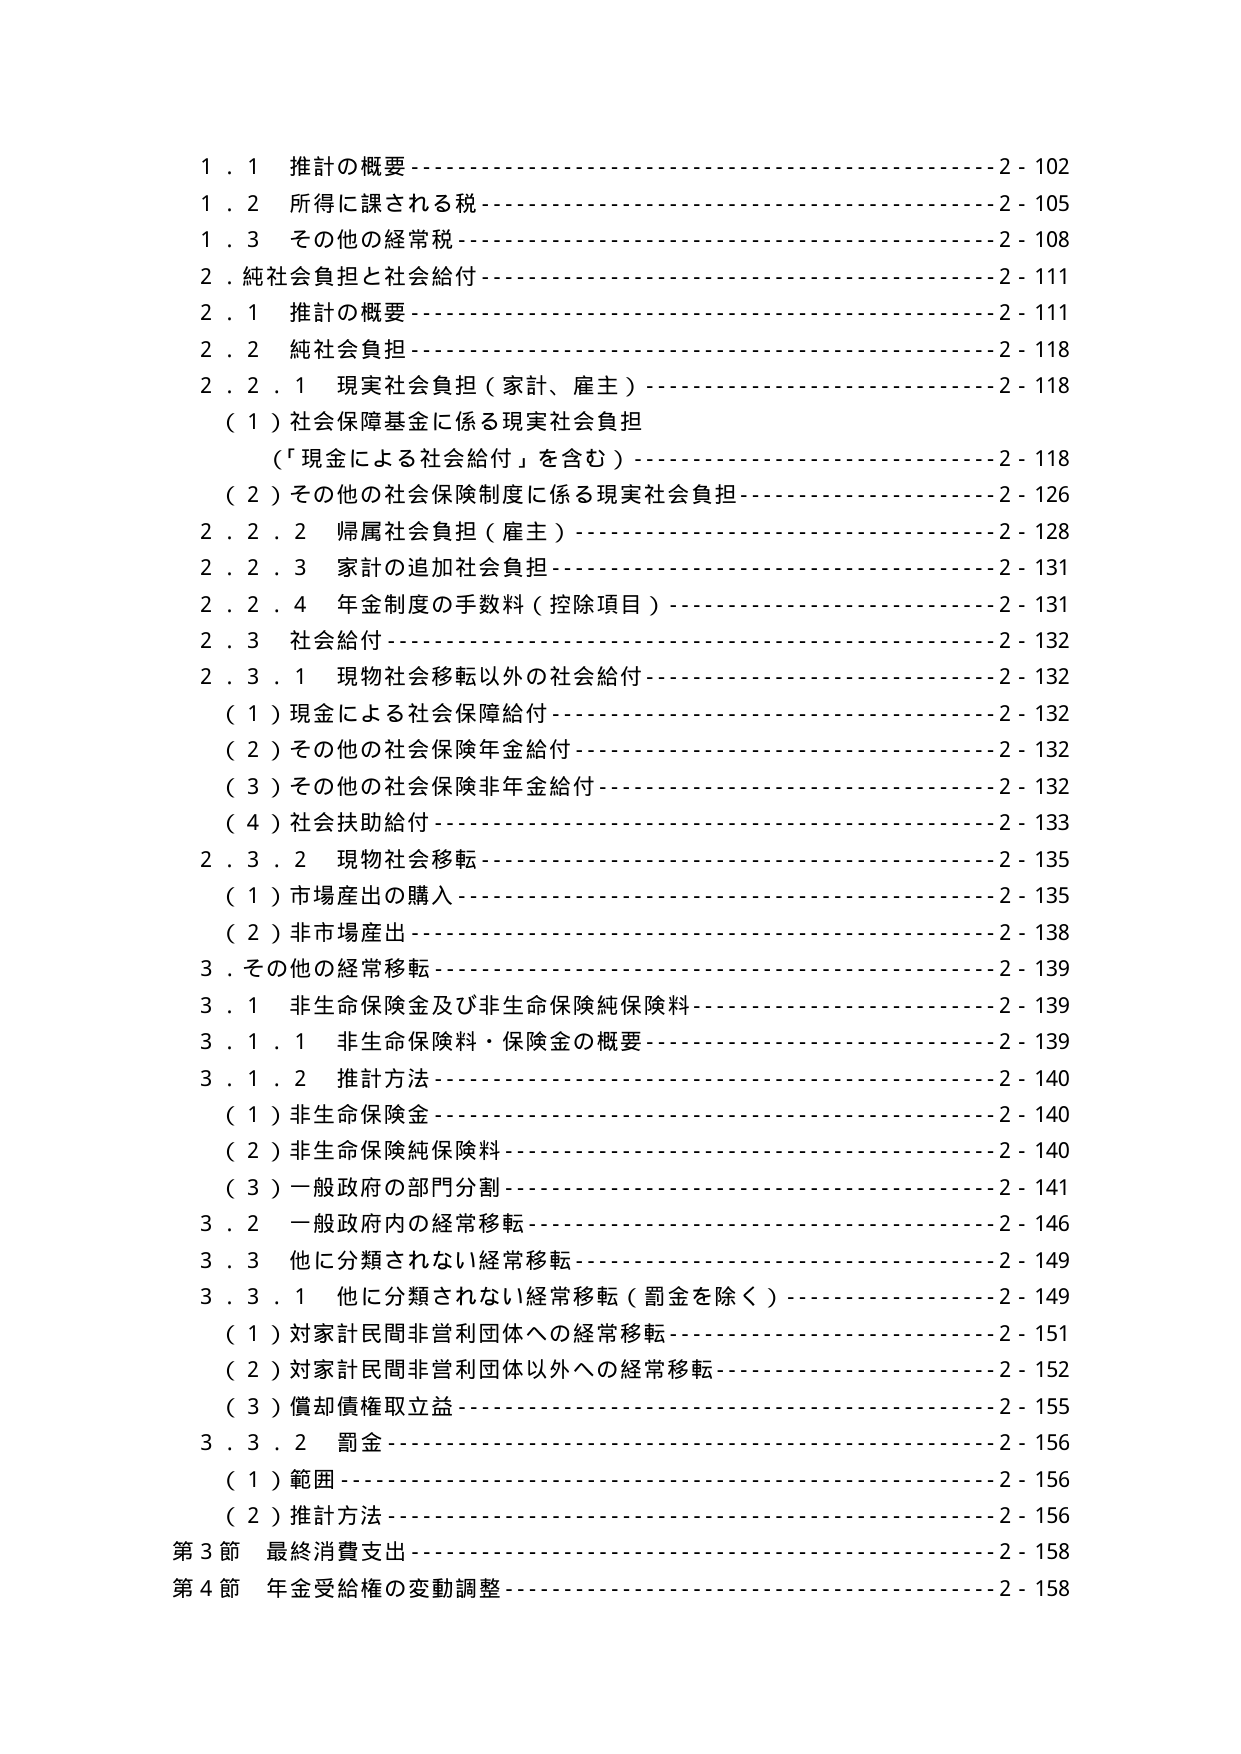
1.1 推計の概要---------------------------------------------2-102
1.2 所得に課される税--------------------------------------2-105
1.3 その他の経常税----------------------------------------2-108
2. 純社会負担と社会給付------------------------------------2-111
2.1 推計の概要--------------------------------------------2-111
2.2 純社会負担--------------------------------------------2-118
2.2.1 現実社会負担（家計、雇主）--------------------------2-118
（1）社会保障基金に係る現実社会負担
（「現金による社会給付」を含む）--------------------------2-118
（2）その他の社会保険制度に係る現実社会負担--------------2-126
2.2.2 帰属社会負担（雇主）------------------------------2-128
2.2.3 家計の追加社会負担------------------------------2-131
2.2.4 年金制度の手数料（控除項目）----------------------2-131
2.3 社会給付----------------------------------------------2-132
2.3.1 現物社会移転以外の社会給付--------------------------2-132
（1）現金による社会保障給付-----------------------------2-132
（2）その他の社会保険年金給付---------------------------2-132
（3）その他の社会保険非年金給付-------------------------2-132
（4）社会扶助給付--------------------------------------2-133
2.3.2 現物社会移転--------------------------------------2-135
（1）市場産出の購入------------------------------------2-135
（2）非市場産出----------------------------------------2-138
3. その他の経常移転----------------------------------------2-139
3.1 非生命保険金及び非生命保険純保険料------------------2-139
3.1.1 非生命保険料・保険金の概要------------------------2-139
3.1.2 推計方法------------------------------------------2-140
（1）非生命保険金--------------------------------------2-140
（2）非生命保険純保険料------------------------------2-140
（3）一般政府の部門分割------------------------------2-141
3.2 一般政府内の経常移転----------------------------------2-146
3.3 他に分類されない経常移転------------------------------2-149
3.3.1 他に分類されない経常移転（罰金を除く）------------2-149
（1）対家計民間非営利団体への経常移転------------------2-151
（2）対家計民間非営利団体以外への経常移転--------------2-152
（3）償却債権取立益------------------------------------2-155
3.3.2 罰金----------------------------------------------2-156
（1）範囲----------------------------------------------2-156
（2）推計方法------------------------------------------2-156
第3節 最終消費支出----------------------------------------2-158
第4節 年金受給権の変動調整--------------------------------2-158